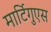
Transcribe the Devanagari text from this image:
मार्टिगुएस